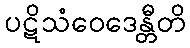
ပဋိသံဝေဒေန္တီတိ